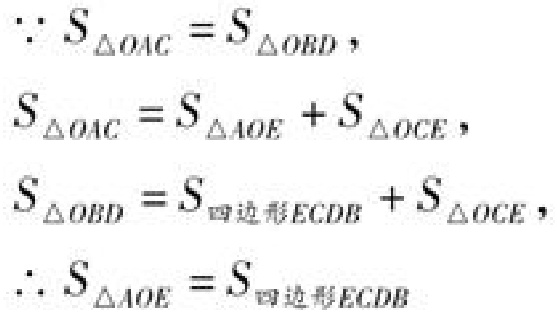
\(\because S_{\triangle OAC}=S_{\triangle OBD}\)，
\(S_{\triangle OAC}=S_{\triangle AOE}+S_{\triangle OCE}\)，
\(S_{\triangle OBD}=S_{四边形ECDB}+S_{\triangle OCE}\)，
\(\therefore S_{\triangle AOE}=S_{四边形ECDB}\)